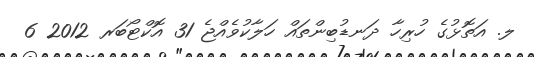
ލ. އަތޮޅުގެ ހުރިހާ ދަނޑުބިންތައް ހަލާކުވެއްޖެ 31 އޮކްޓޯބަރ 2012 6